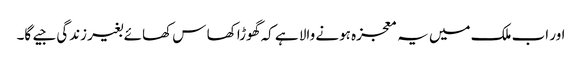
اور اب ملک میں یہ معجزہ ہونے والا ہے کہ گھوڑا کھا س کھائے بغیر زندگی جیے گا۔